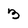
Character: 3